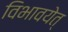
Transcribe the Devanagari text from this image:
विभावयेत्